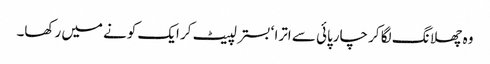
وہ چھلانگ لگا کر چارپائی سے اترا ‘ بستر لپیٹ کر ایک کونے میں رکھا۔